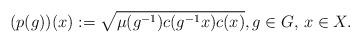
LaTeX: \begin{align*}(p(g))(x):=\sqrt{\mu(g^{-1})c(g^{-1}x)c(x)},g\in G, \,x\in X.\end{align*}